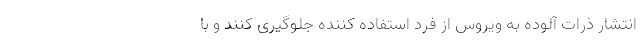
انتشار ذرات آلوده به ویروس از فرد استفاده کننده جلوگیری کنند و با